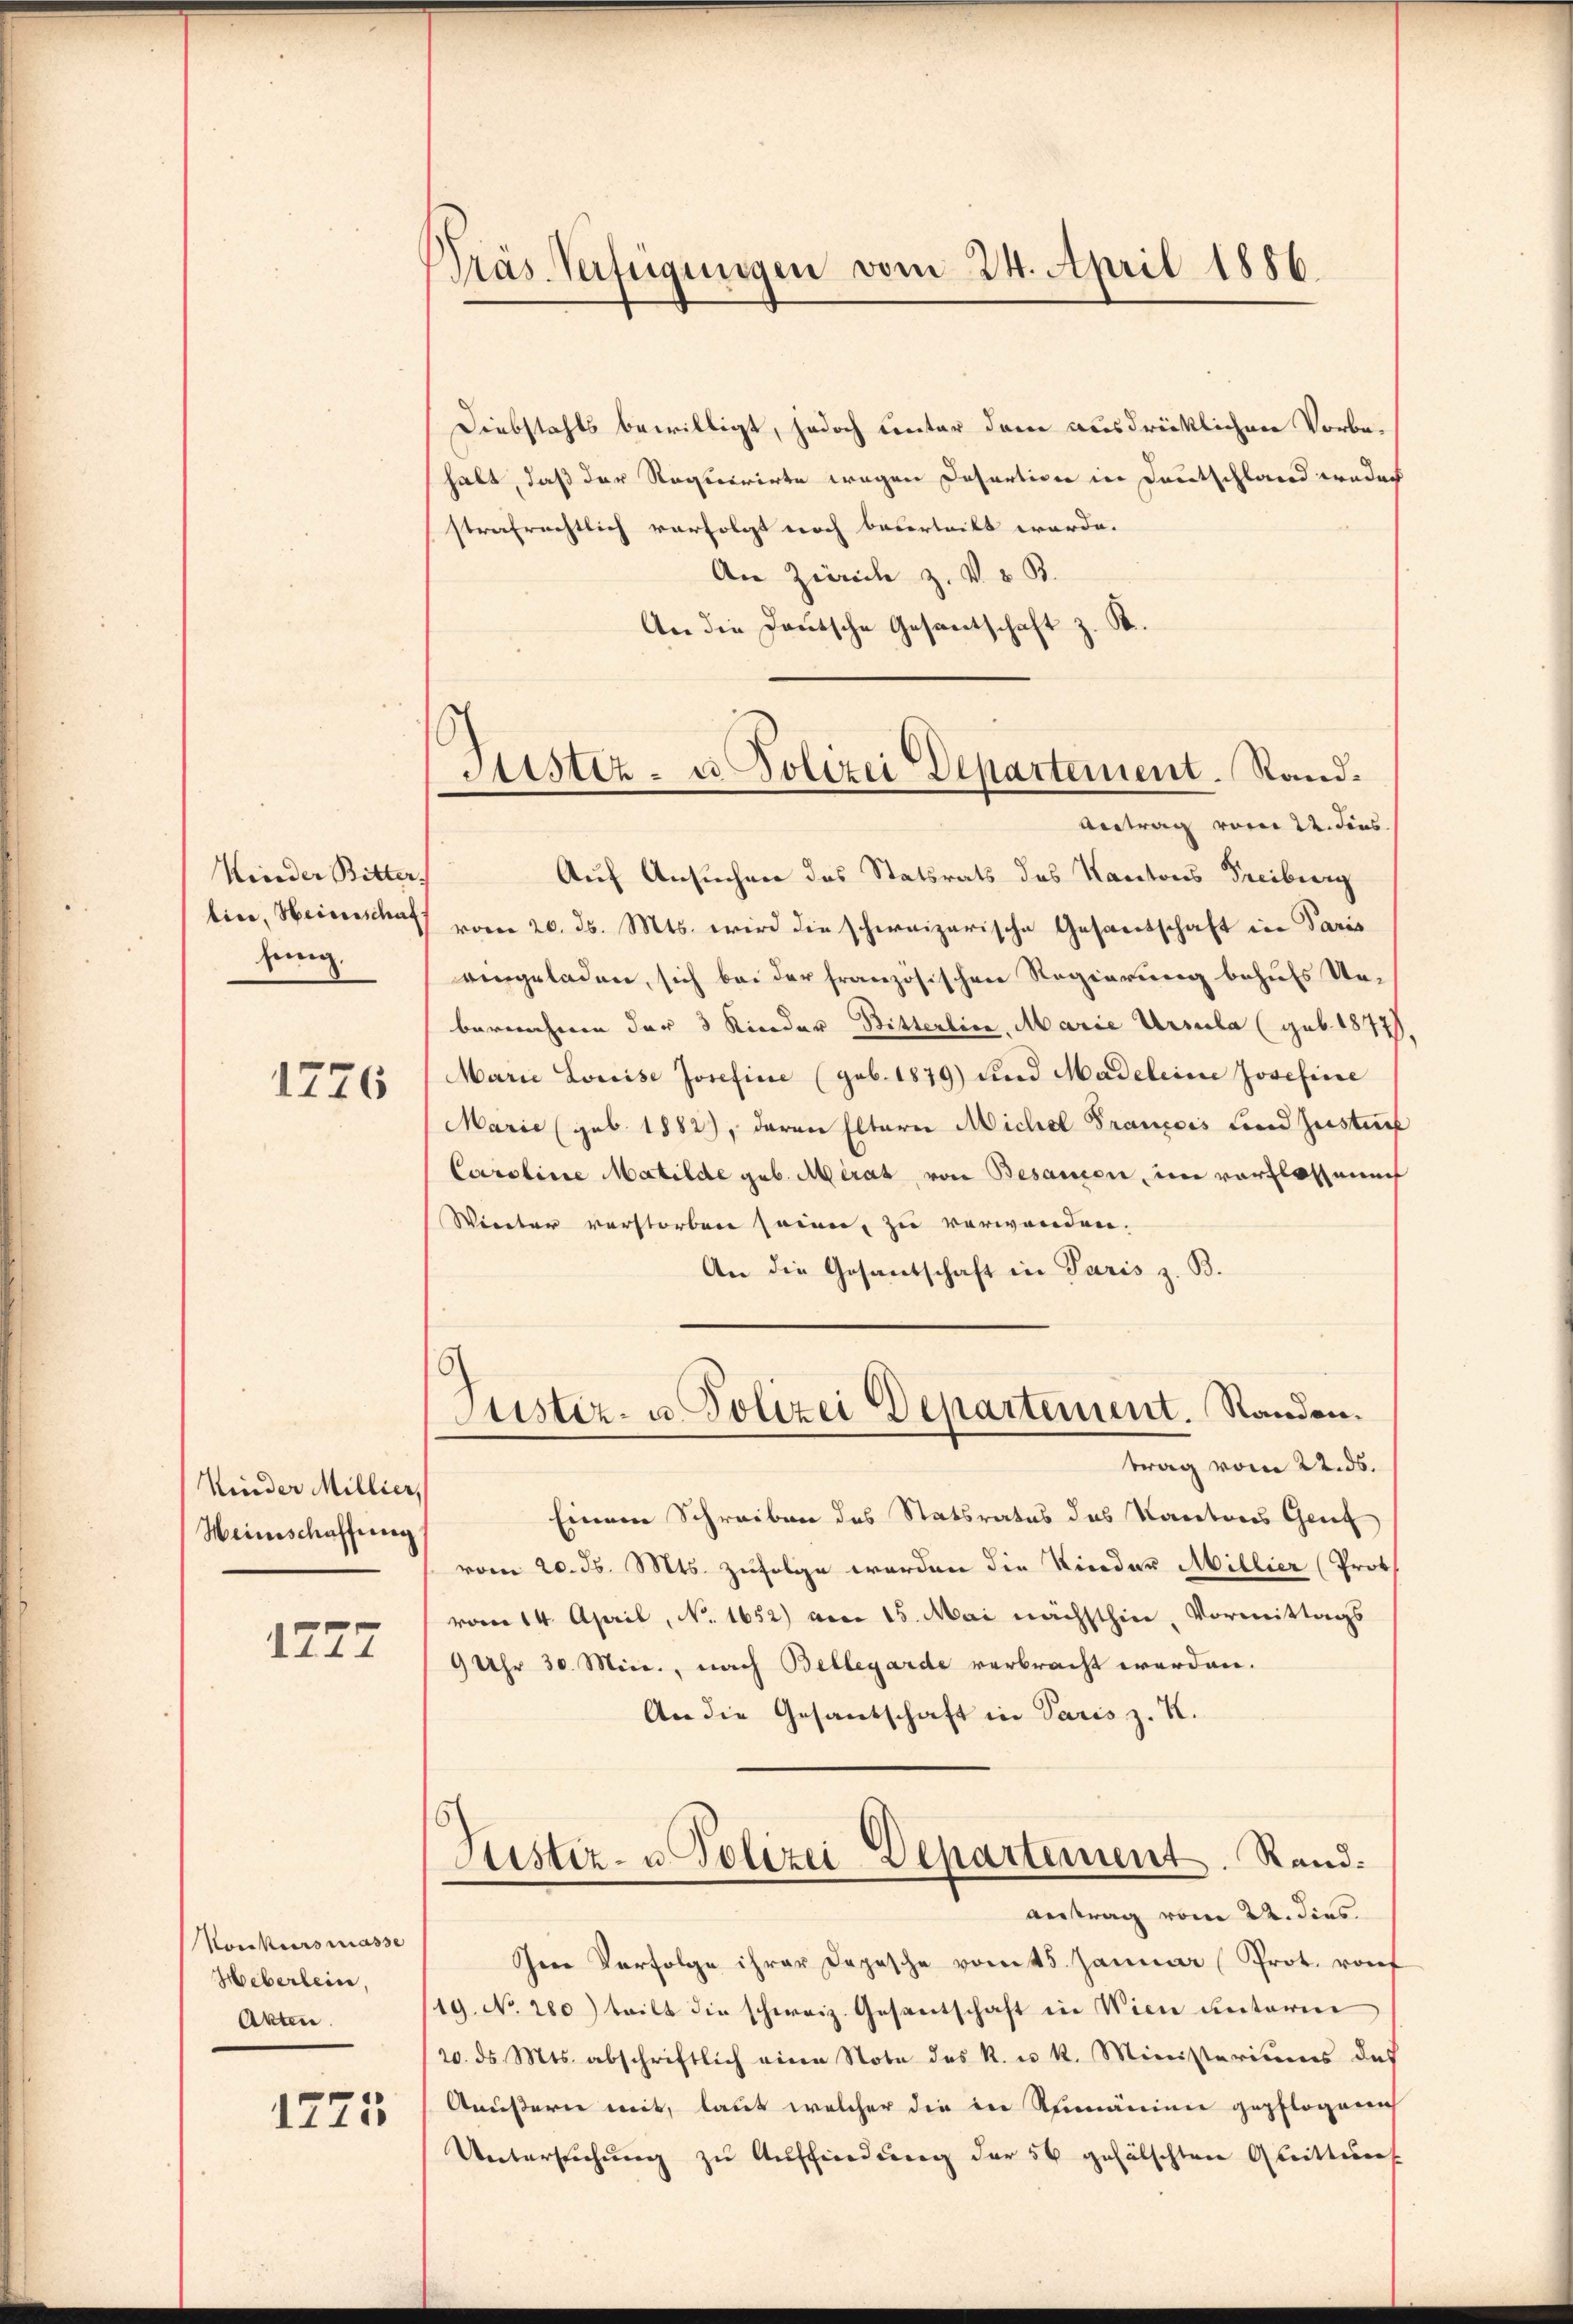
Kinder Bitter.
bier, Heinschaf
heng.
1776

Kinder Millier,
Weinschaffung

1277

Konkursmasse
Heberlein,
Akten.

1775

Präs. Verfügungen vom 24. April 1886.

Diebstahls bewilligt, jedoch unter dem ausdrücklichen Vorbehalt, daß der Regierirte wegen Desartion in Deutschland weder
strafrechtlich verfolgt noch beurteilt werde.
An Zürich z. v. u. B.
An die Deutsche Gesantschaft z. B.

Justiz- u. Polizei Departement. Rand¬
Antrag vom 22. Fens

Auf Ansuchen des Statsrats des Kantons Freiburg
vom 20. ds. Mts. wird die schweizerische Gesandschaft in Paris
eingeladen, sich bei der französischen Regierung behufs Uebereicheren der 3 Rieder Bitterlin, Marie Ursula (geb. 1877)
Marie Louise Josefice (geb. 1879) und Madeleine Josefinie
Marie (geb. 1882), daran Eltern Michel François und Zustif
Caroline Matilde geb. Merat von Besamen, im verflossen
Winter verstorben seien, zu verwanden.
An die Gesandschaft in Paris z. B.
Einem Schreiben des Statsrates des Kantons Genf
vom 20. ds. Mts. zufolge werden die Kinder Millier (Prot
vom 14. April, N. 1652) am 15. Mai nächsthin, Vormittags
9 Uhr 30. Min., nach Bellegarde verbracht werden.
An die Gesandschaft in Paris z. K.
Justiz- u. Polizei Departement. Rand.
Antrag vom 22. dies
Iere Verfolge ihrer Dopische romts. Januar (Prot. rof
/19. No. 280) teilt die schweiz. Gesantschaft in Wien unterm
20. ds. Mts. abschriftlich eine Note des K. u. k. Ministeriums des
Aeußern mit, laut welcher die in Rumäninie gepflogeneh
Untersuchung zu Auffindung der 50 gefälschten Abrittun

Justiz- u. Polizei Departement. Randen.
trag vom 22. ds.